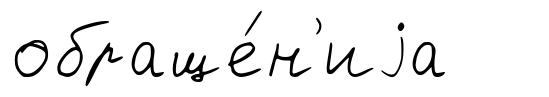
обраще́н'иjа